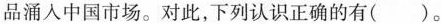
品涌入中国市场。对此，下列认识正确的有（）。